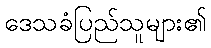
ဒေသခံပြည်သူများ၏